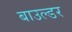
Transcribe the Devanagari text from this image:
बाउल्डर